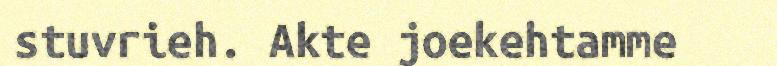
stuvrieh. Akte joekehtamme